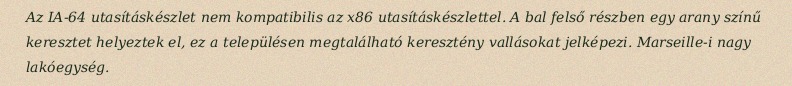
Az IA-64 utasításkészlet nem kompatibilis az x86 utasításkészlettel. A bal felső részben egy arany színű keresztet helyeztek el, ez a településen megtalálható keresztény vallásokat jelképezi. Marseille-i nagy lakóegység.